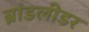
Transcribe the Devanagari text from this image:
ब्रांडलीडर